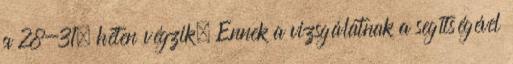
a 28-31. héten végzik. Ennek a vizsgálatnak a segítségével